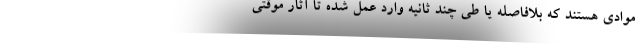
موادی هستند که بلافاصله یا طی چند ثانیه وارد عمل شده تا آثار موقتی